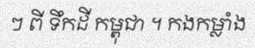
ៗ ពី ទឹកដី កម្ពុជា ។ កងកម្លាំង